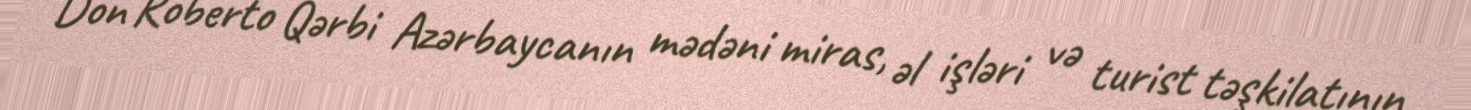
Don Roberto Qərbi Azərbaycanın mədəni miras, əl işləri və turist təşkilatının